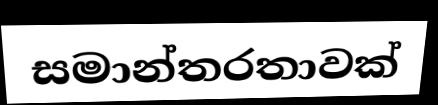
සමාන්තරතාවක්